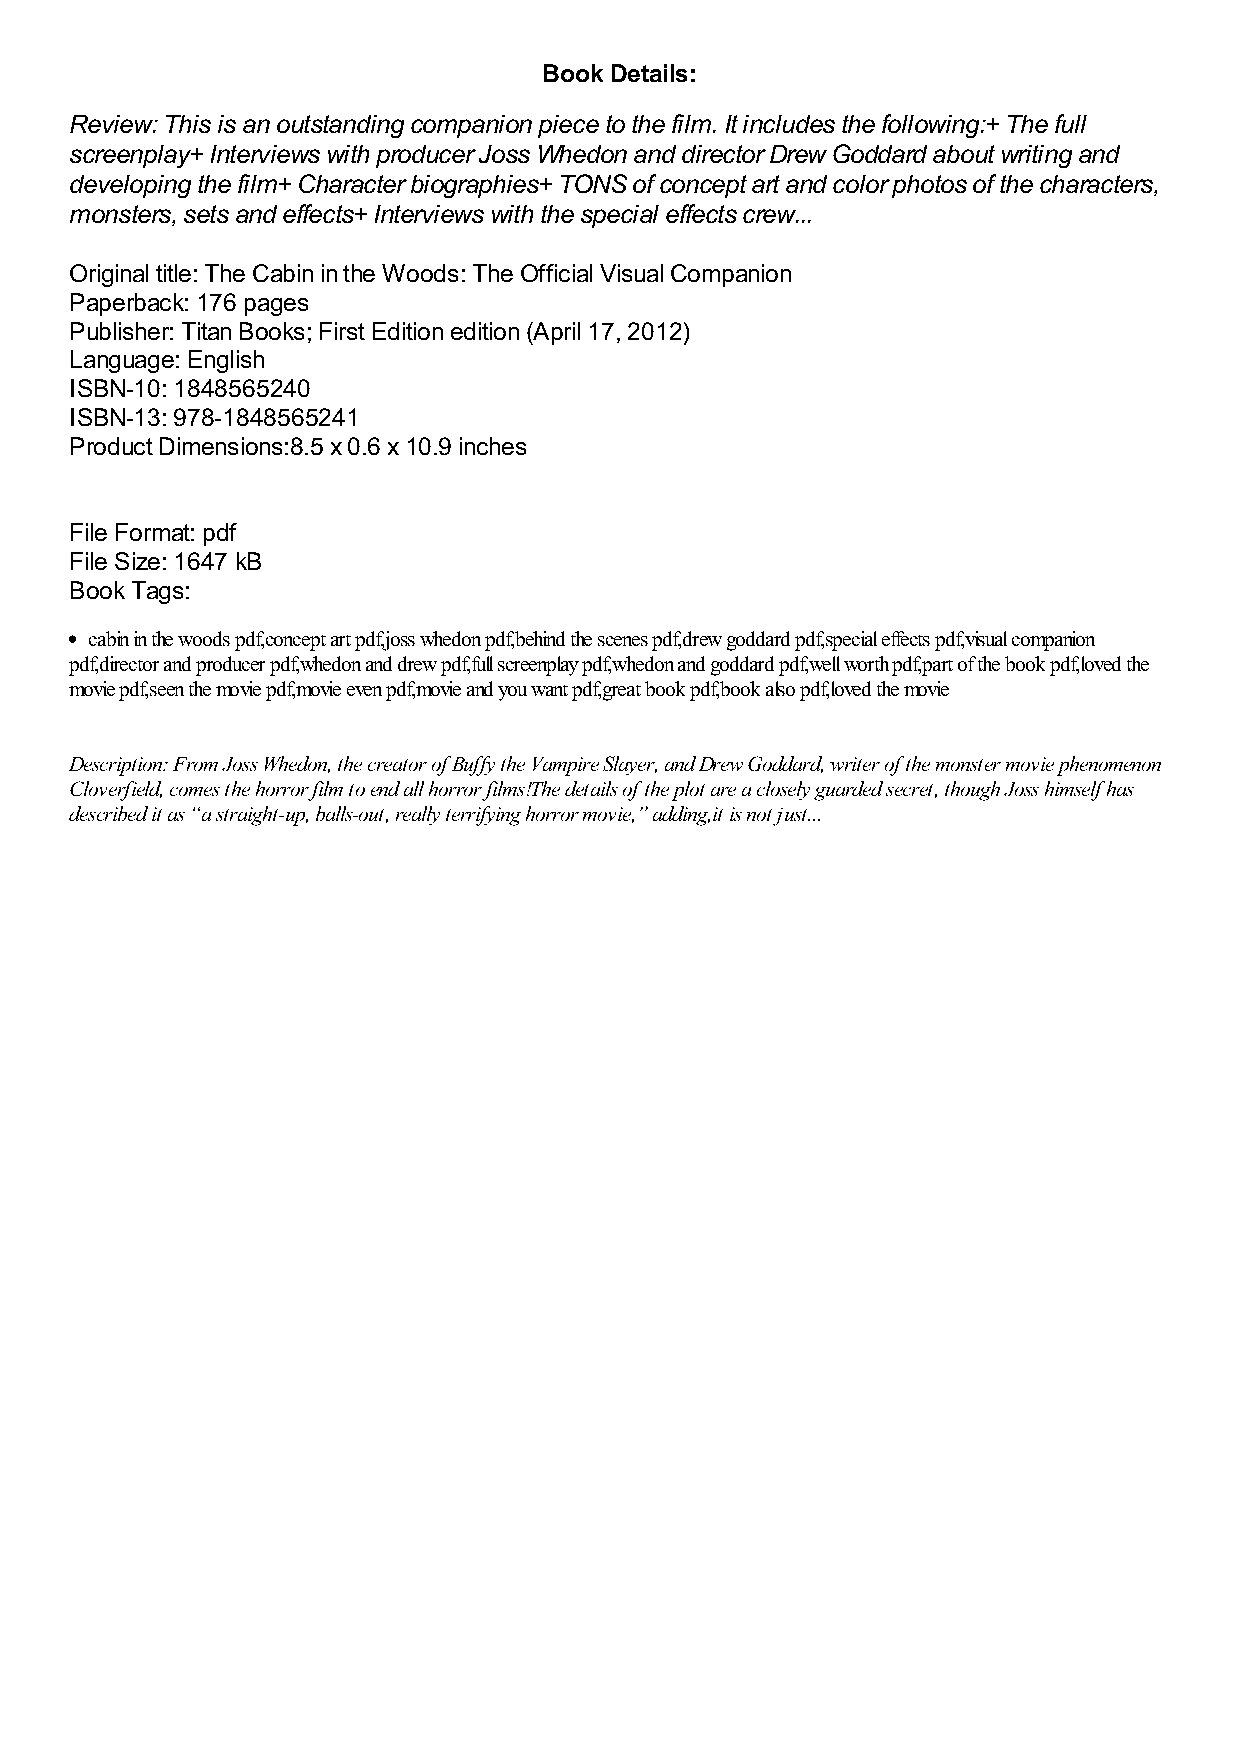
Book Details:
 Review: This is an outstanding companion piece to the film. It includes the following:+ The full
 screenplay+ Interviews with producer Joss Whedon and director Drew Goddard about writing and
 developing the film+ Character biographies+ TONS of concept art and color photos of the characters,
 monsters, sets and effects+ Interviews with the special effects crew...
 Original title: The Cabin in the Woods: The Official Visual Companion
 Paperback: 176 pages
 Publisher: Titan Books; First Edition edition (April 17, 2012)
 Language: English
 ISBN-10: 1848565240
 ISBN-13: 978-1848565241
 Product Dimensions:8.5 x 0.6 x 10.9 inches
 File Format: pdf
 File Size: 1647 kB
 Book Tags:
 cabin in the woods pdf,concept art pdf,joss whedon pdf,behind the scenes pdf,drew goddard pdf,special effects pdf,visual companion
 pdf,director and producer pdf,whedon and drew pdf,full screenplay pdf,whedon and goddard pdf,well worth pdf,part of the book pdf,loved the
 movie pdf,seen the movie pdf,movie even pdf,movie and you want pdf,great book pdf,book also pdf,loved the movie
 Description: From Joss Whedon, the creator of Buffy the Vampire Slayer, and Drew Goddard, writer of the monster movie phenomenon
 Cloverfield, comes the horror film to end all horror films!The details of the plot are a closely guarded secret, though Joss himself has
 described it as “a straight-up, balls-out, really terrifying horror movie,” adding,it is not just...